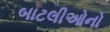
બાટલીઓનો